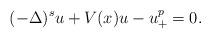
LaTeX: \begin{align*}(-\Delta)^s u + V(x)u - u_+^p=0.\end{align*}